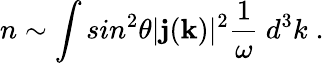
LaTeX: n\sim\int sin^{2}\theta|{\mathbf j}({\mathbf k})|^{2}{\frac{1}{\omega}}~d^{3}k\; .